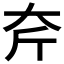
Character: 𡗲